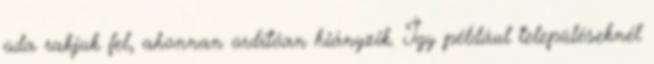
oda rakjuk fel, ahonnan ordítóan hiányzik. Így például településeknél